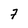
Character: 7